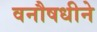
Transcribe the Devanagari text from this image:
वनौषधीने